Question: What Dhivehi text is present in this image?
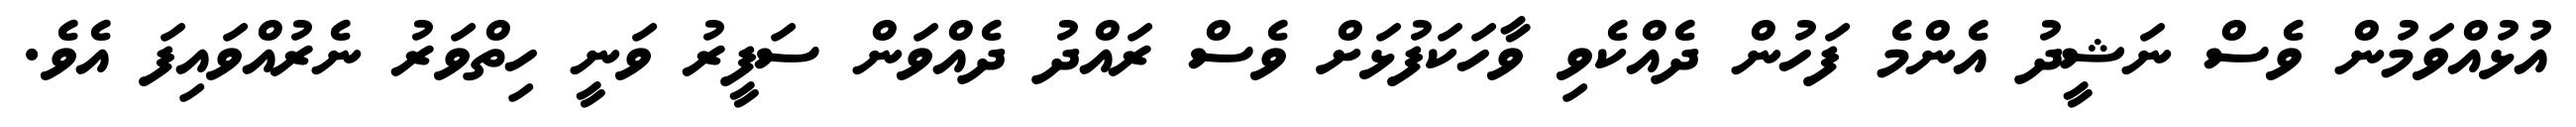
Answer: އުޅުއްވަމުން ވެސް ނަޝީދު އެންމެ ފަހުން ދެއްކެވި ވާހަކަފުޅަށް ވެސް ރައްދު ދެއްވަން ސަފީރު ވަނީ ހިތްވަރު ނެރުއްވައިފަ އެވެ.